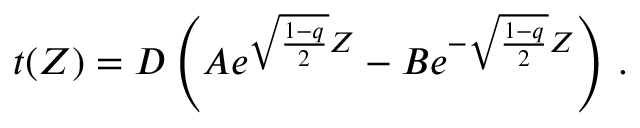
t ( Z ) = D \left( A e ^ { \sqrt { \frac { 1 - q } { 2 } } Z } - B e ^ { - \sqrt { \frac { 1 - q } { 2 } } Z } \right) \, .